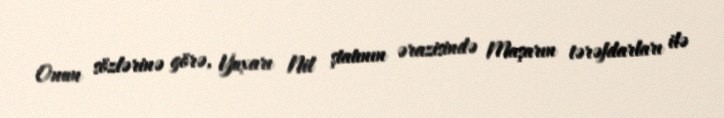
Onun sözlərinə görə, Yuxarı Nil ştatının ərazisində Maşarın tərəfdarları ilə